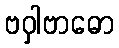
ဗဝှါဗာဓော